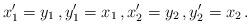
LaTeX: \begin{align*}x_1^\prime = y_1 \, , y_1^\prime = x_1 \, , x_2^\prime = y_2 \, , y_2^\prime = x_2 \, . \end{align*}